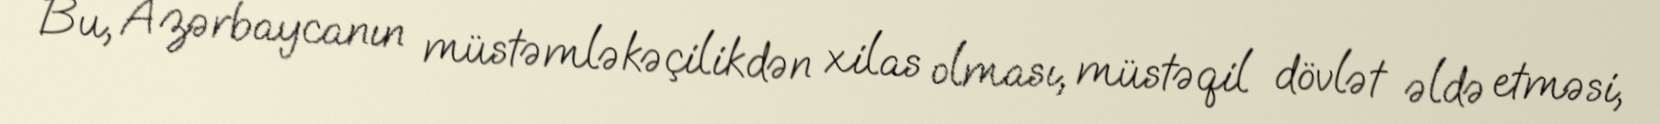
Bu, Azərbaycanın müstəmləkəçilikdən xilas olması, müstəqil dövlət əldə etməsi,